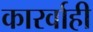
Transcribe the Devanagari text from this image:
कारर्वाही